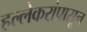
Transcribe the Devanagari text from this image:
हल्लेकरांपासून